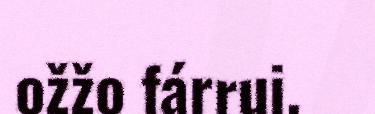
ožžo fárrui.